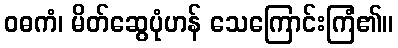
ဝဓကံ၊ မိတ်ဆွေပုံဟန် သေကြောင်းကြံ၏။